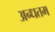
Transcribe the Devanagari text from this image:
अन्धतम